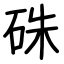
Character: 硃